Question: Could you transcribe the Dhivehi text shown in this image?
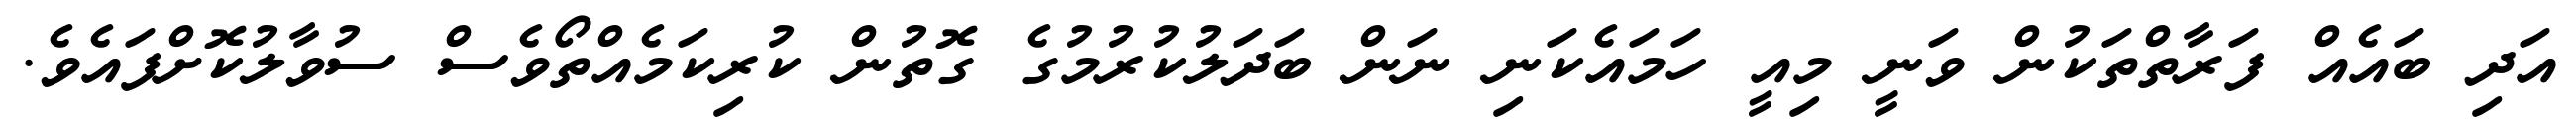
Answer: އަދި ބައެއް ފަރާތްތަކުން ވަނީ މިއީ ހަމައެކަނި ނަން ބަދަލުކުރުމުގެ ގޮތުން ކުރިކަމެއްތޯވެސް ސުވާލުކޮށްފައެވެ.